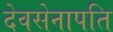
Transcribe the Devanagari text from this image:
देवसेनापति